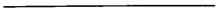
___